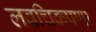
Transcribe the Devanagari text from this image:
लवचिकपणा